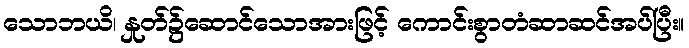
သောဘယိ၊ နှုတ်၌ဆောင်သောအားဖြင့် ကောင်းစွာတံဆာဆင်အပ်ပြီး။